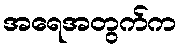
အရေအတွက်က